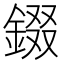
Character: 錣